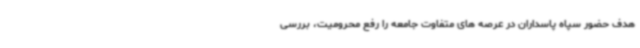
هدف حضور سپاه پاسداران در عرصه های متفاوت جامعه را رفع محرومیت، بررسی